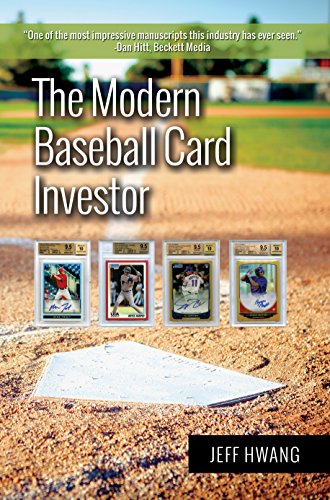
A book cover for The Modern Baseball Card Investor; Jeff Hwang; Crafts, Hobbies & Home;